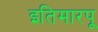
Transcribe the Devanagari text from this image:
इतिमारपू